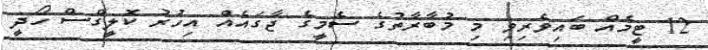
12 ޓީމެއް ބައިވެރިވި މި މުބާރާތުގެ ސެމީގެ ޖާގައެއް އިހުރު ކޮލީގްސް ހޯދީ